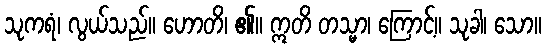
သုကရံ၊ လွယ်သည်။ ဟောတိ၊ ၏။ ဣတိ တသ္မာ၊ ကြောင့်။ သုခါ၊ သော။